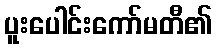
ပူးပေါင်းကော်မတီ၏